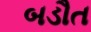
બડૌત